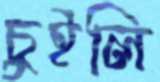
চুইলি